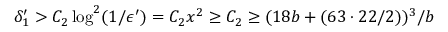
\delta _ { 1 } ^ { \prime } > C _ { 2 } \log ^ { 2 } ( 1 / \epsilon ^ { \prime } ) = C _ { 2 } x ^ { 2 } \geq C _ { 2 } \geq ( 1 8 b + ( 6 3 \cdot 2 2 / 2 ) ) ^ { 3 } / b